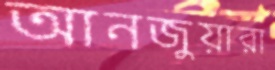
আনজুয়ারা